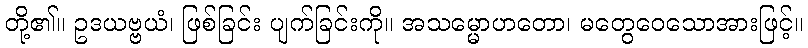
တို့၏။ ဥဒယဗ္ဗယံ၊ ဖြစ်ခြင်း ပျက်ခြင်းကို။ အသမ္မောဟတော၊ မတွေဝေသောအားဖြင့်။